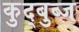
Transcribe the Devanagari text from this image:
कुद्बुब्ज